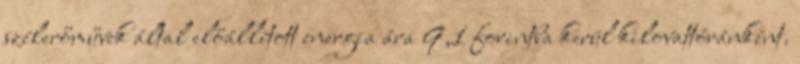
szélerőművek által előállított energia ára 9,1 forintba kerül kilovattóránként.